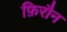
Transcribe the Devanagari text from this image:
फ़िरौन